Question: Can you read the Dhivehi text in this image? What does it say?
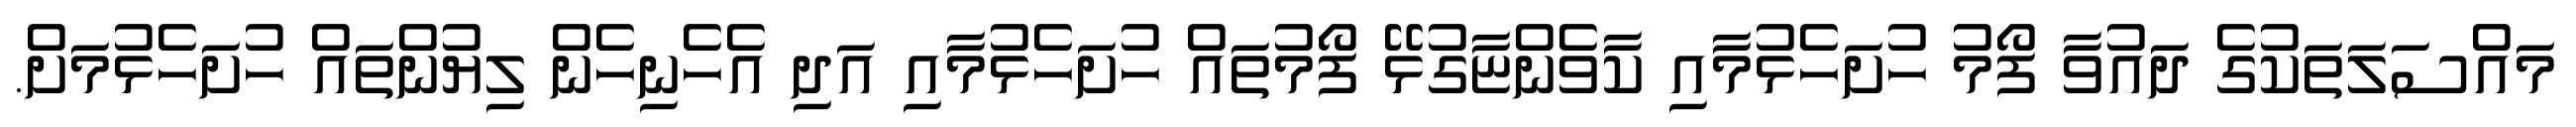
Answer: މައްސަލަތަކުގެ ދައުވާ ފޯމު ހުށަހެޅުމާއި ކާވެންޏާގުޅޭ ފޯމުތައް ހުށަހެޅުމާއި އަދި އެހެނިހެން ލިޔުންތައް ހުށަހެޅުމަށް.